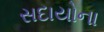
સદાયોના